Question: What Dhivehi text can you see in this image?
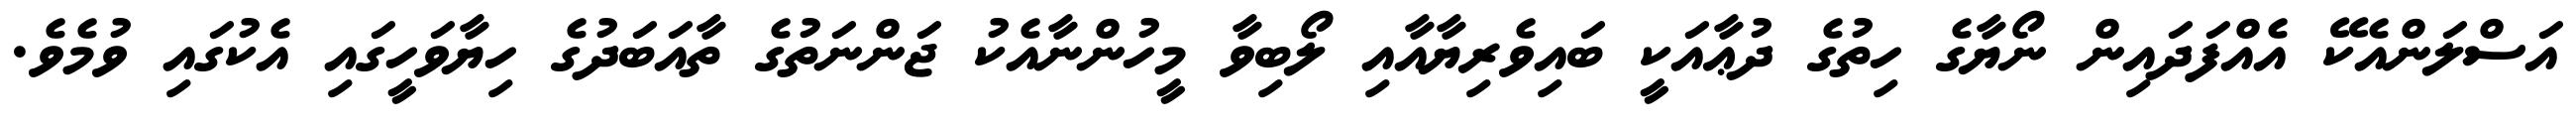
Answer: އަސްލަންއެކޭ އެއްފަދައިން ނޯޔާގެ ހިތުގެ ދުޢާއަކީ ބައިވެރިޔާއާއި ލޯބިވާ މީހުންނާއެކު ޖަންނަތުގެ ތާއަބަދުގެ ހިޔާވަހީގައި އެކުގައި ވުމެވެ.